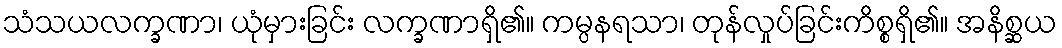
သံသယလက္ခဏာ၊ ယုံမှားခြင်း လက္ခဏာရှိ၏။ ကမ္ပနရသာ၊ တုန်လှုပ်ခြင်းကိစ္စရှိ၏။ အနိစ္ဆယ